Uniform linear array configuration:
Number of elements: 64
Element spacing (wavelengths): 0.25
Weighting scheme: hann
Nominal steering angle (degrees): -30
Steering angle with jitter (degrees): -30.793
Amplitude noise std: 0.05
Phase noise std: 0.05

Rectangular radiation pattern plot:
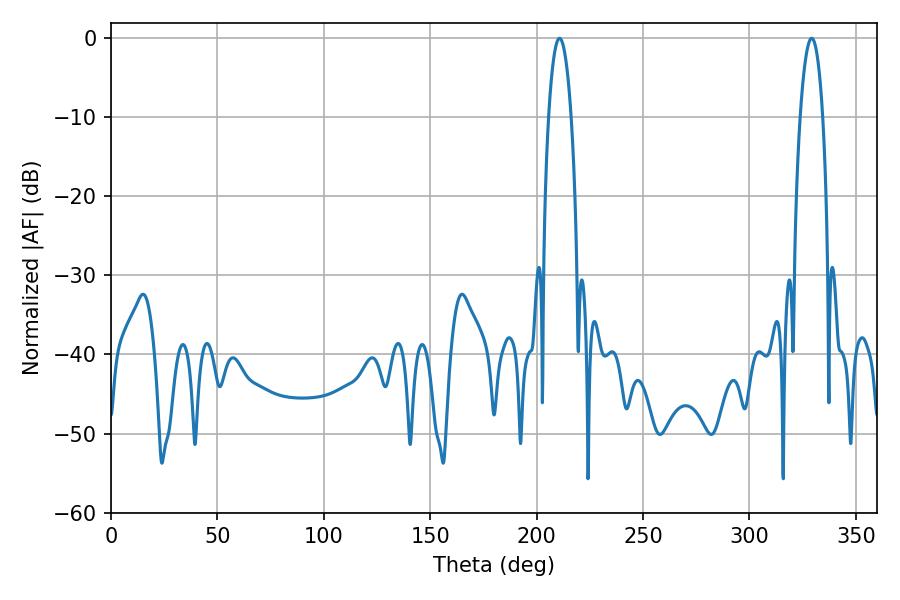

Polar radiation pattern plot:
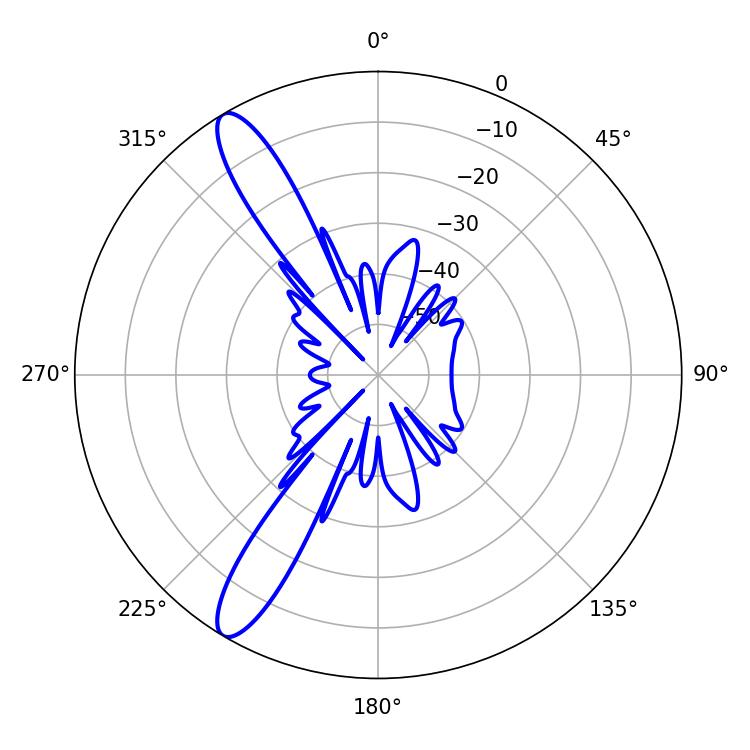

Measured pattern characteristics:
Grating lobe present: FALSE
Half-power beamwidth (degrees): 5.94
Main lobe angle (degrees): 210.78